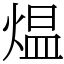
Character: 煴